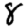
Digit: 8